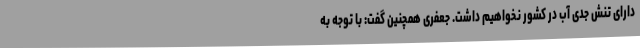
دارای تنش جدی آب در کشور نخواهیم داشت. جعفری همچنین گفت: با توجه به